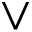
\vee